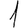
Digit: 1